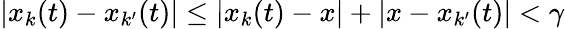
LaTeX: |x_{k}(t)-x_{k^{\prime}}(t)|\leq|x_{k}(t)-x|+|x-x_{k^{\prime}}(t)|<\gamma